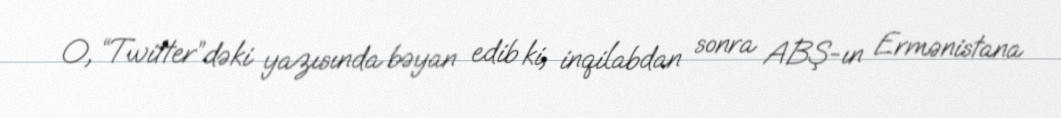
O, “Twitter”dəki yazısında bəyan edib ki, inqilabdan sonra ABŞ-ın Ermənistana